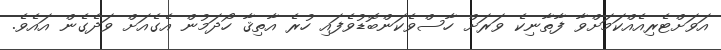
އަވަށްޓެރިއެއްކަމަށްވާ ފާތާނިކެ ވަރަށް ހާސްވެކަންބޮޑުވެފައި ހުރެ އާތިޤާ ހޯދަމުން އެގެއަށް ވަދެގެން އައެވެ.